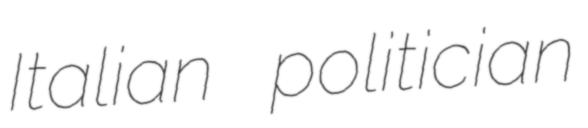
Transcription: Italian politician